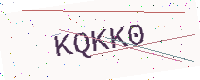
Text: KQKK0